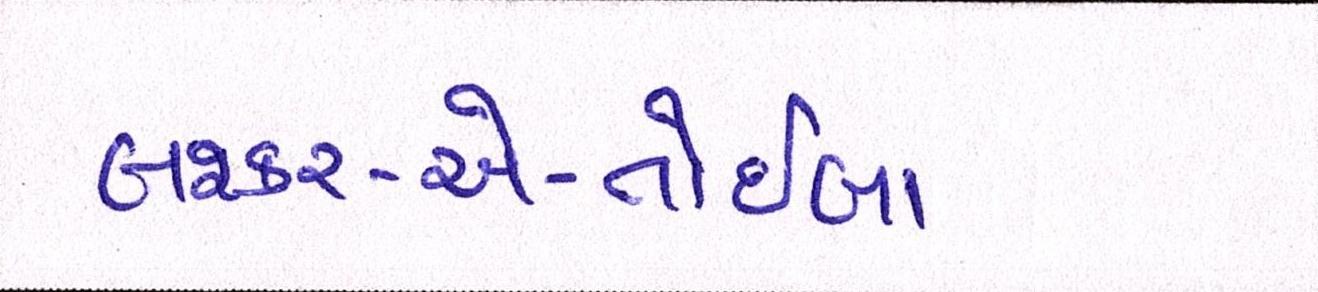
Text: લશ્કર-એ-તોઈબા